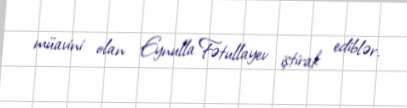
müavini olan Eynulla Fətullayev iştirak ediblər.